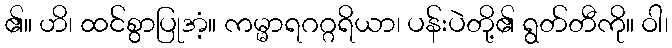
၏။ ဟိ၊ ထင်စွာပြုအံ့။ ကမ္မာရဂဂ္ဂရိယာ၊ ပန်းပဲတို့၏ ရွတ်တီကို။ ဝါ၊